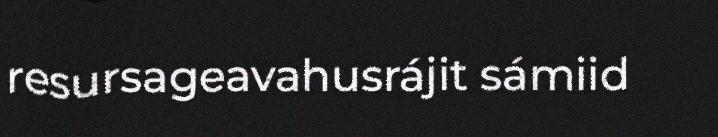
resursageavahusrájit sámiid